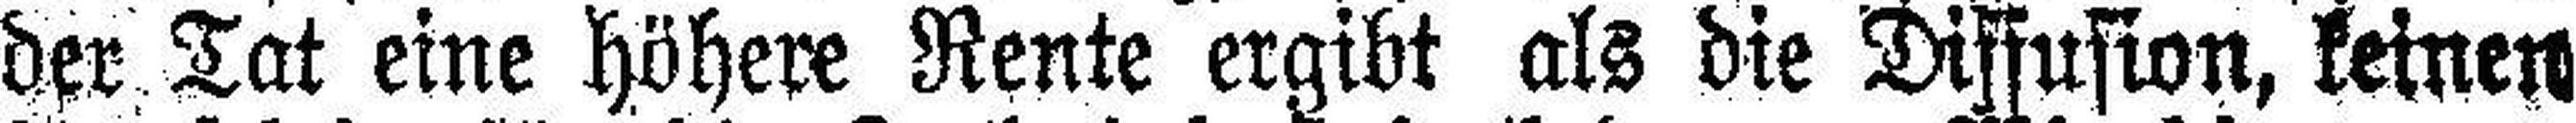
der Tat eine höhere Rente ergibt als die Diffusion, keinen